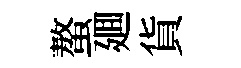
螯廽貨